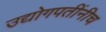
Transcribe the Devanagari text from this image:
उद्योगपतींनीच